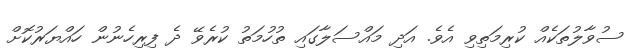
ސުވާލުތަކެއް ކުރިމަތިވި އެވެ. އަދި މައްސަލާގައި ތުހުމަތު ކުރެވޭ ދެ ފިރިހެނުން ހައްޔަރުކޮށް